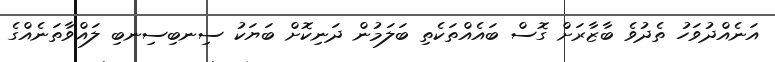
އަނެއްދުވަހު ތެދުވެ ބާޒާރަށް ގޮސް ބައެއްތަކެތި ބަލަމުން ދަނިކޮށް ބަޔަކު ސިނބިސިނބި ލައްވާތަނެއްގެ